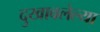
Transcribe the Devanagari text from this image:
दुखावलेल्या